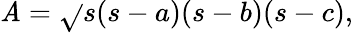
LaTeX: \mathit{A}={\sqrt{}{{s(s-a)(s-b)(s-c)}}},